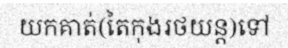
យកគាត់(តៃកុងរថយន្ត)ទៅ